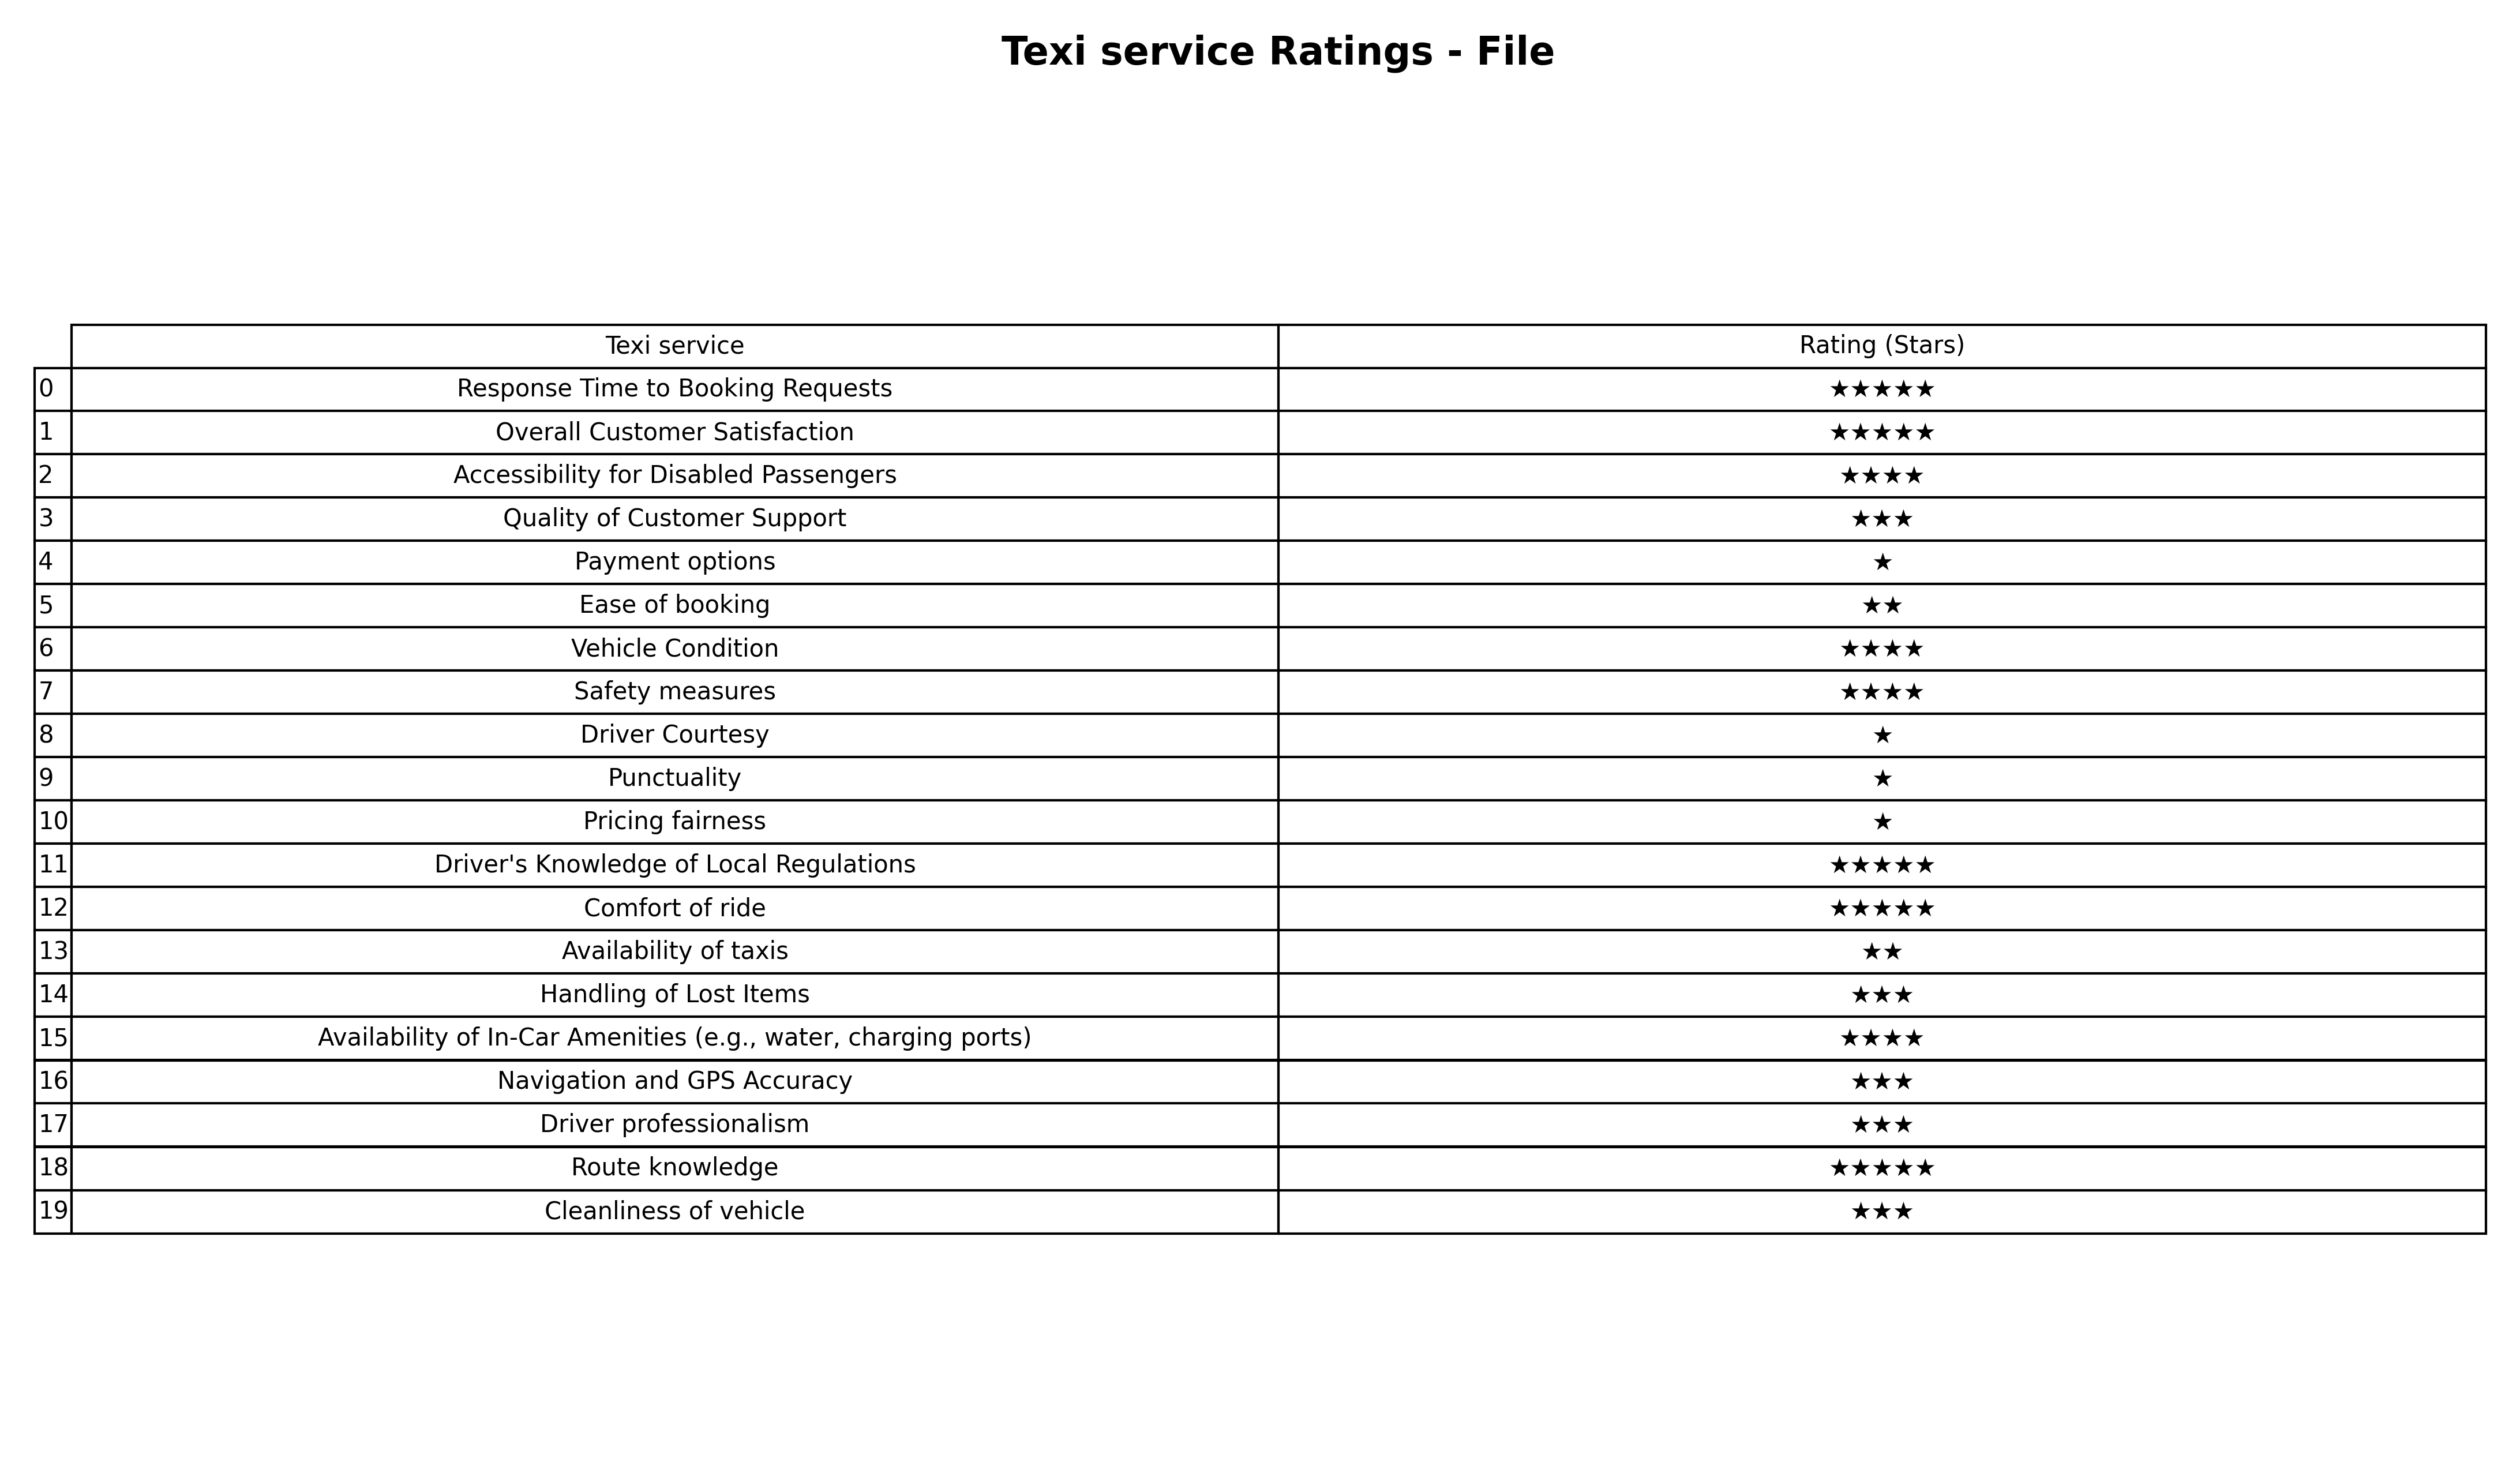
question: What are two star services?
answer: Ease of bookingAvailability of taxis